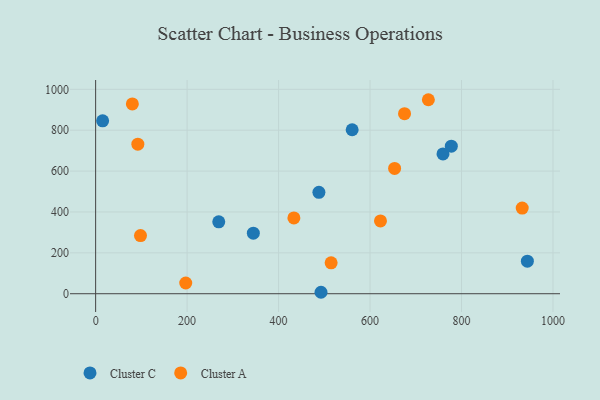
{"axis": {"x": "Distance", "y": "Sales"}, "legend": ["Cluster A", "Cluster C"], "data": [{"x": "759.5", "y": 684.0, "type": "Cluster C"}, {"x": "269.2", "y": 351.6, "type": "Cluster C"}, {"x": "777.7", "y": 721.8, "type": "Cluster C"}, {"x": "492.8", "y": 7.1, "type": "Cluster C"}, {"x": "560.9", "y": 802.1, "type": "Cluster C"}, {"x": "15.3", "y": 846.0, "type": "Cluster C"}, {"x": "344.8", "y": 296.4, "type": "Cluster C"}, {"x": "944.0", "y": 159.2, "type": "Cluster C"}, {"x": "488.2", "y": 496.3, "type": "Cluster C"}, {"x": "92.3", "y": 731.6, "type": "Cluster A"}, {"x": "197.0", "y": 52.5, "type": "Cluster A"}, {"x": "622.8", "y": 356.4, "type": "Cluster A"}, {"x": "675.4", "y": 880.9, "type": "Cluster A"}, {"x": "98.1", "y": 284.6, "type": "Cluster A"}, {"x": "727.5", "y": 949.1, "type": "Cluster A"}, {"x": "653.7", "y": 612.9, "type": "Cluster A"}, {"x": "80.3", "y": 928.5, "type": "Cluster A"}, {"x": "932.7", "y": 418.8, "type": "Cluster A"}, {"x": "433.5", "y": 370.7, "type": "Cluster A"}, {"x": "514.9", "y": 151.1, "type": "Cluster A"}]}